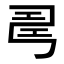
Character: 𢏚